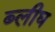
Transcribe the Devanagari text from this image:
ब्लीघ